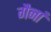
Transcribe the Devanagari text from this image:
गैनां